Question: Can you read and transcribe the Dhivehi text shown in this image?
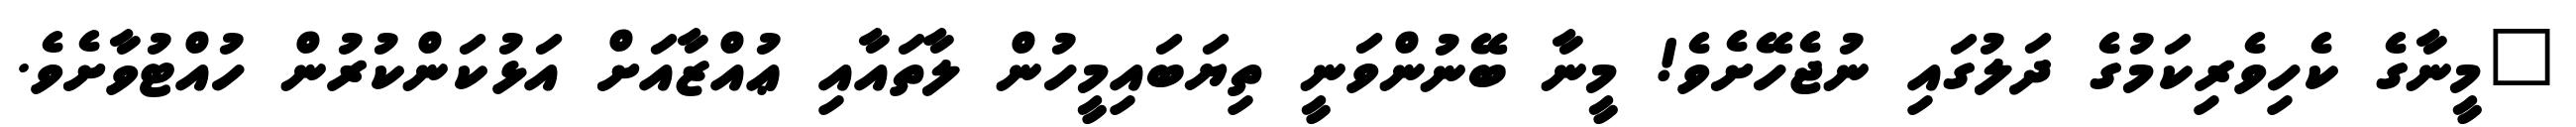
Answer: "މީނާގެ ކެހިވެރިކަމުގެ ދަލުގައި ނުޖެހޭށެވެ! މީނާ ބޭނުންވަނީ ތިޔަބައިމީހުން ލާތައާއި ޢުއްޒާއަށް އަޅުކަންކުރުން ހުއްޓުވާށެވެ.